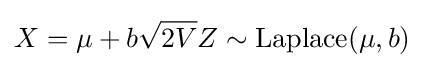
X=\mu +b{\sqrt {2V}}Z\sim \mathrm {Laplace} (\mu ,b)